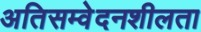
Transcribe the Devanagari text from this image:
अतिसम्वेदनशीलता